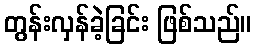
တွန်းလှန်ခဲ့ခြင်း ဖြစ်သည်။